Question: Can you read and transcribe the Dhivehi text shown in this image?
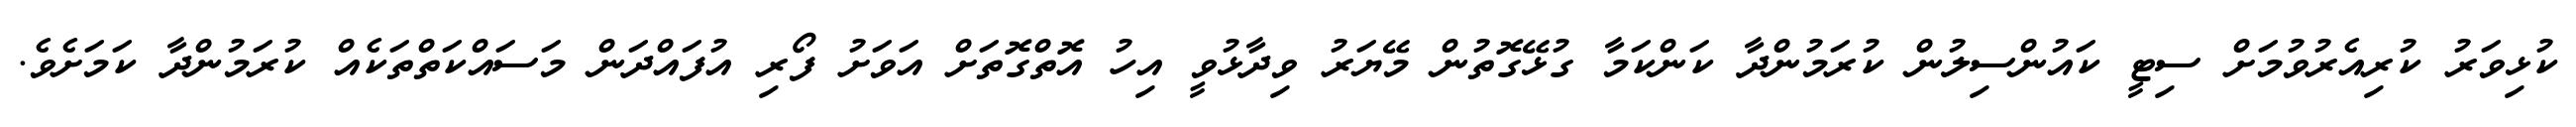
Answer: ކުޅިވަރު ކުރިއެރުވުމަށް ސިޓީ ކައުންސިލުން ކުރަމުންދާ ކަންކަމާ ގުޅޭގޮތުން މޭޔަރު ވިދާޅުވީ އިހު އޮތްގޮތަށް އަވަށު ފޯރި އުފައްދަން މަސައްކަތްތަކެއް ކުރަމުންދާ ކަމަށެވެ.